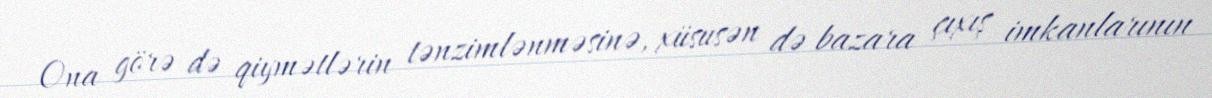
Ona görə də qiymətlərin tənzimlənməsinə, xüsusən də bazara çıxış imkanlarının